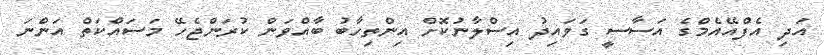
އަދި އެފްއޭއެމްގެ އަސާސީ ގަވައިދު އިސްލާނުކޮށް އިންތިހާބު ބާއްވަން ކުރަންޖެހޭ މަސައްކަތް އަންނަ